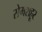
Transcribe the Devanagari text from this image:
सेमशहूर